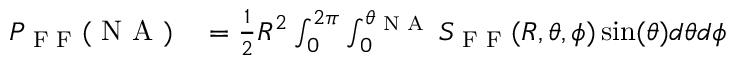
\begin{array} { r l } { P _ { \textrm { F F } } ( \textrm { N A } ) } & { { } = \frac { 1 } { 2 } R ^ { 2 } \int _ { 0 } ^ { 2 \pi } \int _ { 0 } ^ { \theta _ { \textrm { N A } } } S _ { \textrm { F F } } ( R , \theta , \phi ) \sin ( \theta ) d \theta d \phi } \end{array}